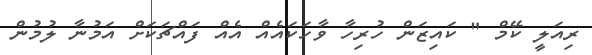
ރިއަލީ ކޭމް " ކައިޒަން ހުރިހާ ވާހަކައެއް އެއް ފައްޗަކަށް އަމުނާ ލުމުން